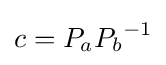
c=P_{a}{P_{b}}^{-1}